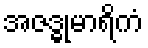
အဇဒ္ဓုမာရိကံ